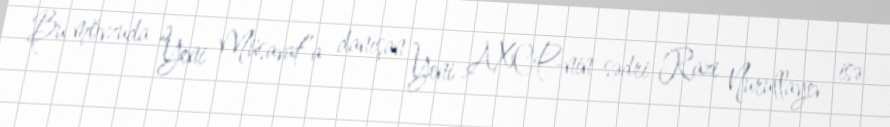
Bu mövzuda “Yeni Müsavat”a danışan Yeni AXCP-nin sədri Razi Nurullayev isə